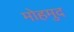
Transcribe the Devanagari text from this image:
मोहमुद